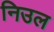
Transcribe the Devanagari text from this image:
निउल